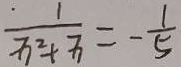
\frac { 1 } { x ^ { 2 } + x } = - \frac { 1 } { 5 }